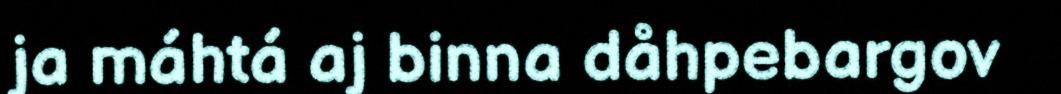
ja máhtá aj binna dåhpebargov